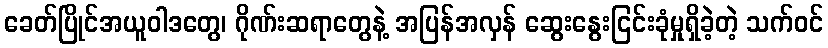
ခေတ်ပြိုင်အယူဝါဒတွေ၊ ဂိုဏ်းဆရာတွေနဲ့ အပြန်အလှန် ဆွေးနွေးငြင်းခုံမှုရှိခဲ့တဲ့ သက်ဝင်